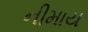
નીમાય